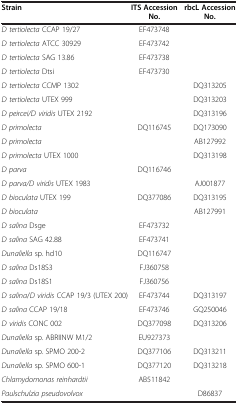
<table><thead><tr><td><b>Strain</b></td><td><b>ITS Accession No.</b></td><td><b>rbcL Accession No.</b></td></tr></thead><tbody><tr><td><i>D tertiolecta</i> CCAP 19/27</td><td>EF473748</td><td> </td></tr><tr><td><i>D tertiolecta</i> ATCC 30929</td><td>EF473742</td><td> </td></tr><tr><td><i>D tertiolecta</i> SAG 13.86</td><td>EF473738</td><td> </td></tr><tr><td><i>D tertiolecta</i> Dtsi</td><td>EF473730</td><td> </td></tr><tr><td><i>D tertiolecta</i> CCMP 1302</td><td> </td><td>DQ313205</td></tr><tr><td><i>D tertiolecta</i> UTEX 999</td><td> </td><td>DQ313203</td></tr><tr><td><i>D peircei/D viridis</i> UTEX 2192</td><td> </td><td>DQ313196</td></tr><tr><td><i>D primolecta</i></td><td>DQ116745</td><td>DQ173090</td></tr><tr><td><i>D primolecta</i></td><td> </td><td>AB127992</td></tr><tr><td><i>D primolecta</i> UTEX 1000</td><td> </td><td>DQ313198</td></tr><tr><td><i>D parva</i></td><td>DQ116746</td><td> </td></tr><tr><td><i>D parva/D viridis</i> UTEX 1983</td><td> </td><td>AJ001877</td></tr><tr><td><i>D bioculata</i> UTEX 199</td><td>DQ377086</td><td>DQ313195</td></tr><tr><td><i>D bioculata</i></td><td> </td><td>AB127991</td></tr><tr><td><i>D salina</i> Dsge</td><td>EF473732</td><td> </td></tr><tr><td><i>D salina</i> SAG 42.88</td><td>EF473741</td><td> </td></tr><tr><td><i>Dunaliella</i> sp. hd10</td><td>DQ116747</td><td> </td></tr><tr><td><i>D salina</i> Ds18S3</td><td>FJ360758</td><td> </td></tr><tr><td><i>D salina</i> Ds18S1</td><td>FJ360756</td><td> </td></tr><tr><td><i>D salina</i>/<i>D viridis</i> CCAP 19/3 (UTEX 200)</td><td>EF473744</td><td>DQ313197</td></tr><tr><td><i>D salina</i> CCAP 19/18</td><td>EF473746</td><td>GQ250046</td></tr><tr><td><i>D viridis</i> CONC 002</td><td>DQ377098</td><td>DQ313206</td></tr><tr><td><i>Dunaliella</i> sp. ABRIINW M1/2</td><td>EU927373</td><td> </td></tr><tr><td><i>Dunaliella</i> sp. SPMO 200-2</td><td>DQ377106</td><td>DQ313211</td></tr><tr><td><i>Dunaliella</i> sp. SPMO 600-1</td><td>DQ377120</td><td>DQ313218</td></tr><tr><td><i>Chlamydomonas reinhardtii</i></td><td>AB511842</td><td> </td></tr><tr><td><i>Paulschulzia pseudovolvox</i></td><td> </td><td>D86837</td></tr></tbody></table>